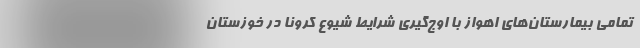
تمامی بیمارستان‌های اهواز با اوج‌گیری شرایط شیوع کرونا در خوزستان